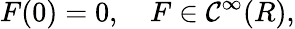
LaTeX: F(0)=0,\quad F\in{\mathcal C}^{\infty}(R),